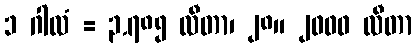
၁ ဂါလံ = ၃.၇၈၅ လီတာ၊ ၂၈။ ၂၀၀၀ လီတာ